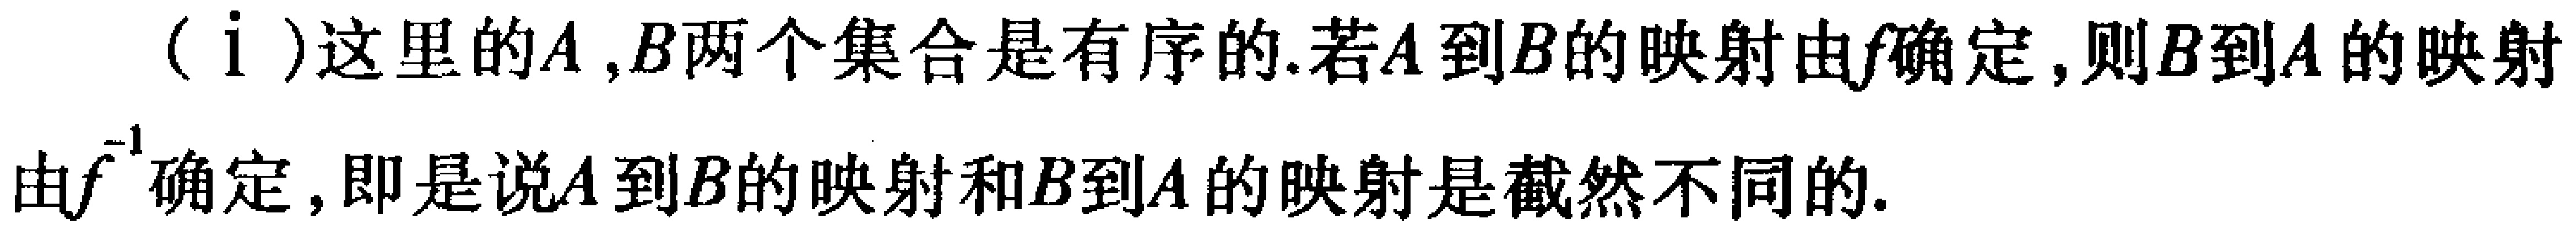
（i）这里的\(A,B\)两个集合是有序的.若\(A\)到\(B\)的映射由\(f\)确定,则\(B\)到\(A\)的映射由\(f^{-1}\)确定,即是说\(A\)到\(B\)的映射和\(B\)到\(A\)的映射是截然不同的.